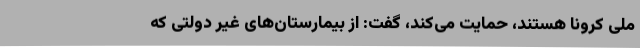
ملی کرونا هستند، حمایت می‌کند، گفت: از بیمارستان‌های غیر دولتی که